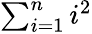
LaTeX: \textstyle\sum_{i=1}^{n}i^{2}